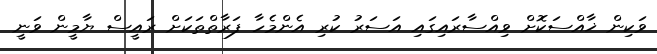
ވަކިން ޚާއްސަކޮށް ވިއްސާރައިގައި އަސަރު ކުރި އެންމެހާ ފަރާތްތަކަށް ރައީސް ޔާމީން ވަނީ